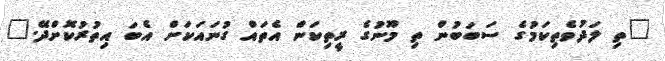
"ތި ލަދުވެތިކަމުގެ ސަބަބުން ތި މޫނުގެ ރީތިކަން އެތައް ގުނައަކަށް އެބަ އިތުރުކޮށްދޭ."